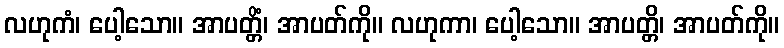
လဟုကံ၊ ပေါ့သော။ အာပတ္တိံ၊ အာပတ်ကို။ လဟုကာ၊ ပေါ့သော။ အာပတ္တိ၊ အာပတ်ကို။